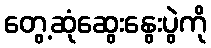
တွေ့ဆုံဆွေးနွေးပွဲကို